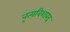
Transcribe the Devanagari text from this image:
नृत्यविशारद